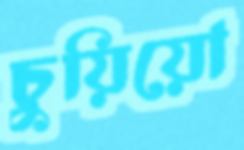
চুয়িয়ো